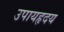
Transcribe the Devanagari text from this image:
उपायहृदय